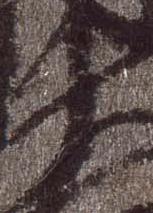
十